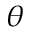
\theta